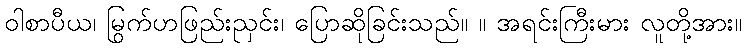
ဝါစာပီယ၊ မြွက်ဟဖြည်းညှင်း၊ ပြောဆိုခြင်းသည်။ ။ အရင်းကြီးမား လူတို့အား။